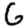
Digit: 6